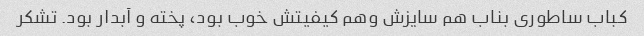
کباب ساطوری بناب هم سایزش وهم کیفیتش خوب بود، پخته و آبدار بود. تشکر